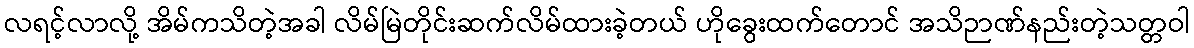
လရင့်လာလို့ အိမ်ကသိတဲ့အခါ လိမ်မြဲတိုင်းဆက်လိမ်ထားခဲ့တယ် ဟိုခွေးထက်တောင် အသိဉာဏ်နည်းတဲ့သတ္တဝါ